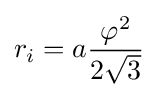
r_{i}=a{\frac {\varphi ^{2}}{2{\sqrt {3}}}}